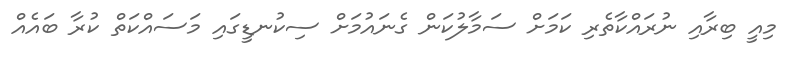
މިއީ ބިރާއި ނުރައްކާތެރި ކަމަށް ސަމާލުކަން ގެނައުމަށް ސިކުނޑީގައި މަސައްކަތް ކުރާ ބައެއް